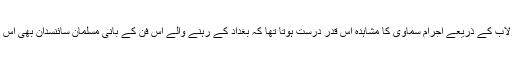
اُس کے بنائے ہوئے اُسطُرلاب کے ذریعے اَجرامِ سماوی کا مُشاہدہ اِس قدر درُست ہوتا تھا کہ بغداد کے رہنے والے اِس فن کے بانی مسلمان سائنسدان بھی اُس کی عمدگی پر حیران تھے۔